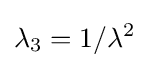
\lambda _{3}=1/\lambda ^{2}